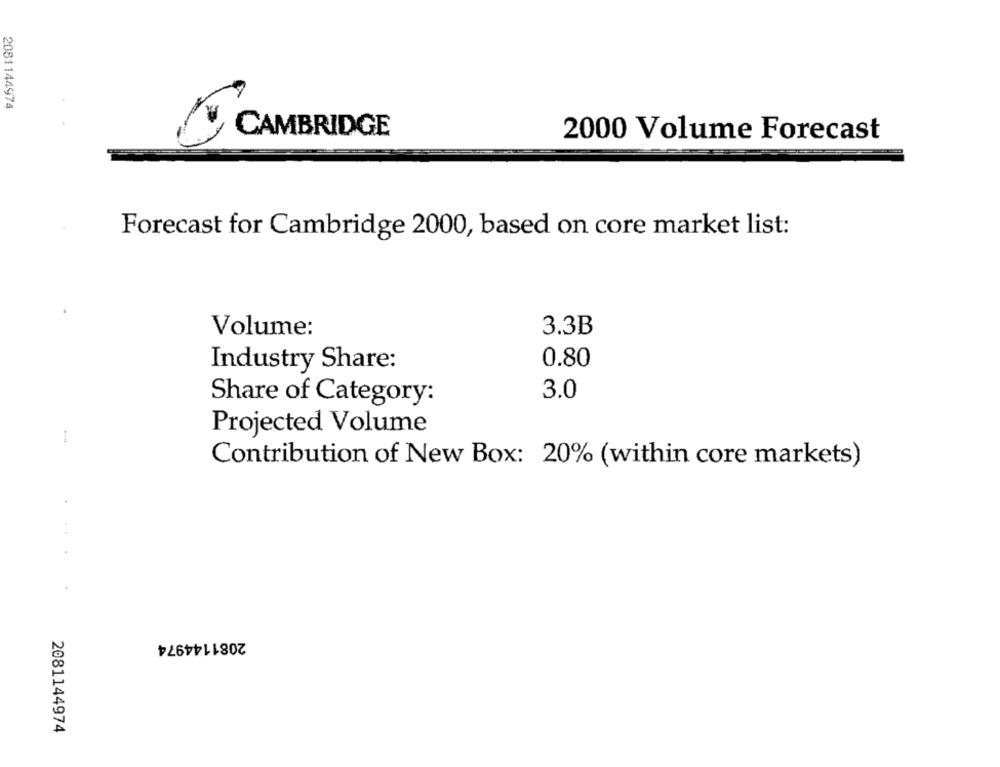
2081144974
CAMBRIDGE
2000 Volume Forecast
Forecast for Cambridge 2000, based on core market list:
3.3B
Volume:
Industry Share:
0.80
3.0
Share of Category:
Projected Volume
Contribution of New Box: 20% (within core markets)
2081144974
2081144974